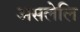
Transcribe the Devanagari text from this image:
असलेलि